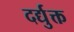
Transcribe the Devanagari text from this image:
दर्द्युक्त